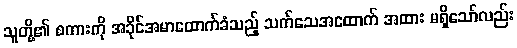
သူတို့၏ စကားကို အခိုင်အမာထောက်ခံသည့် သက်သေအထောက် အထား မရှိသော်လည်း